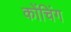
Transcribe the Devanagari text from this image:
कोंचिंग